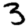
Digit: 3